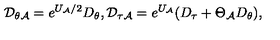
{ \cal D } _ { \theta { \cal A } } = e ^ { U _ { \cal A } / 2 } D _ { \theta } , { \cal D } _ { \tau { \cal A } } = e ^ { U _ { \cal A } } ( D _ { \tau } + \Theta _ { \cal A } D _ { \theta } ) ,